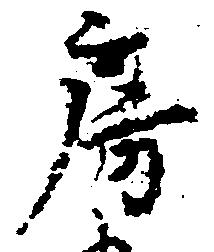
房